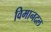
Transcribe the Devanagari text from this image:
विमानदल